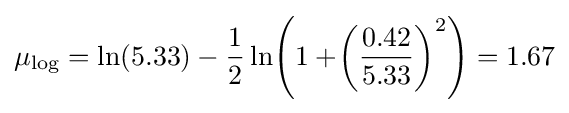
\mu _{\log }=\ln(5.33)-{\frac {1}{2}}\ln \!\left(1+\!\left({\frac {0.42}{5.33}}\right)^{2}\right)=1.67